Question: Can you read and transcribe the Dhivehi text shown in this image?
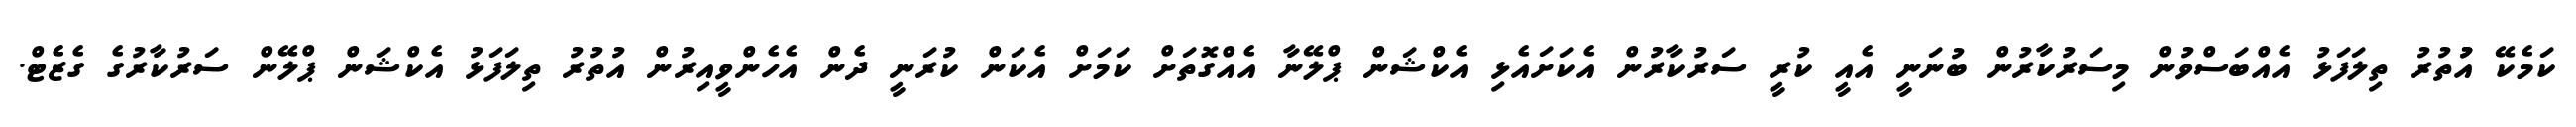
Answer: ކަމެކޭ އުުތުރު ތިލަފަޅު އެއްބަސްވުން މިސަރުކާރުން ބުނަނީ އެއީ ކުރީ ސަރުކާރުން އެކަށައެޅި އެކްޝަން ޕްލޭނާ އެއްގޮތަށް ކަމަށް އެކަން ކުރަނީ ދެން އެހެންވީއިރުން އުތުރު ތިލަފަޅު އެކްޝަން ޕްލޭން ސަރުކާރުގެ ގެޒެޓް.